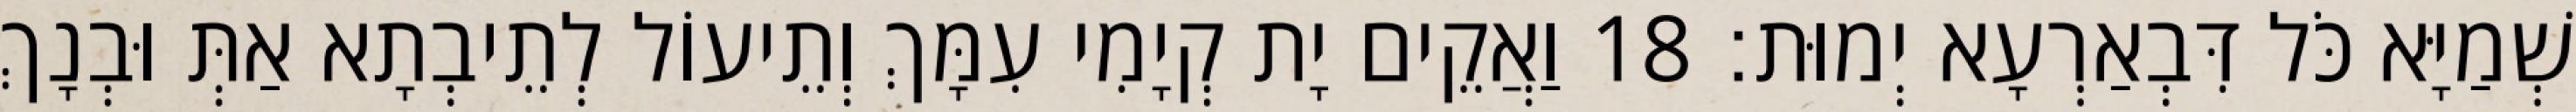
שְׁמַיָּא כֹּל דִּבְאַרְעָא יְמוּת׃ 18 וַאֲקֵים יָת קְיָמִי עִמָּךְ וְתֵיעוֹל לְתֵיבְתָא אַתְּ וּבְנָךְ